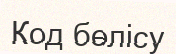
Код бөлісу